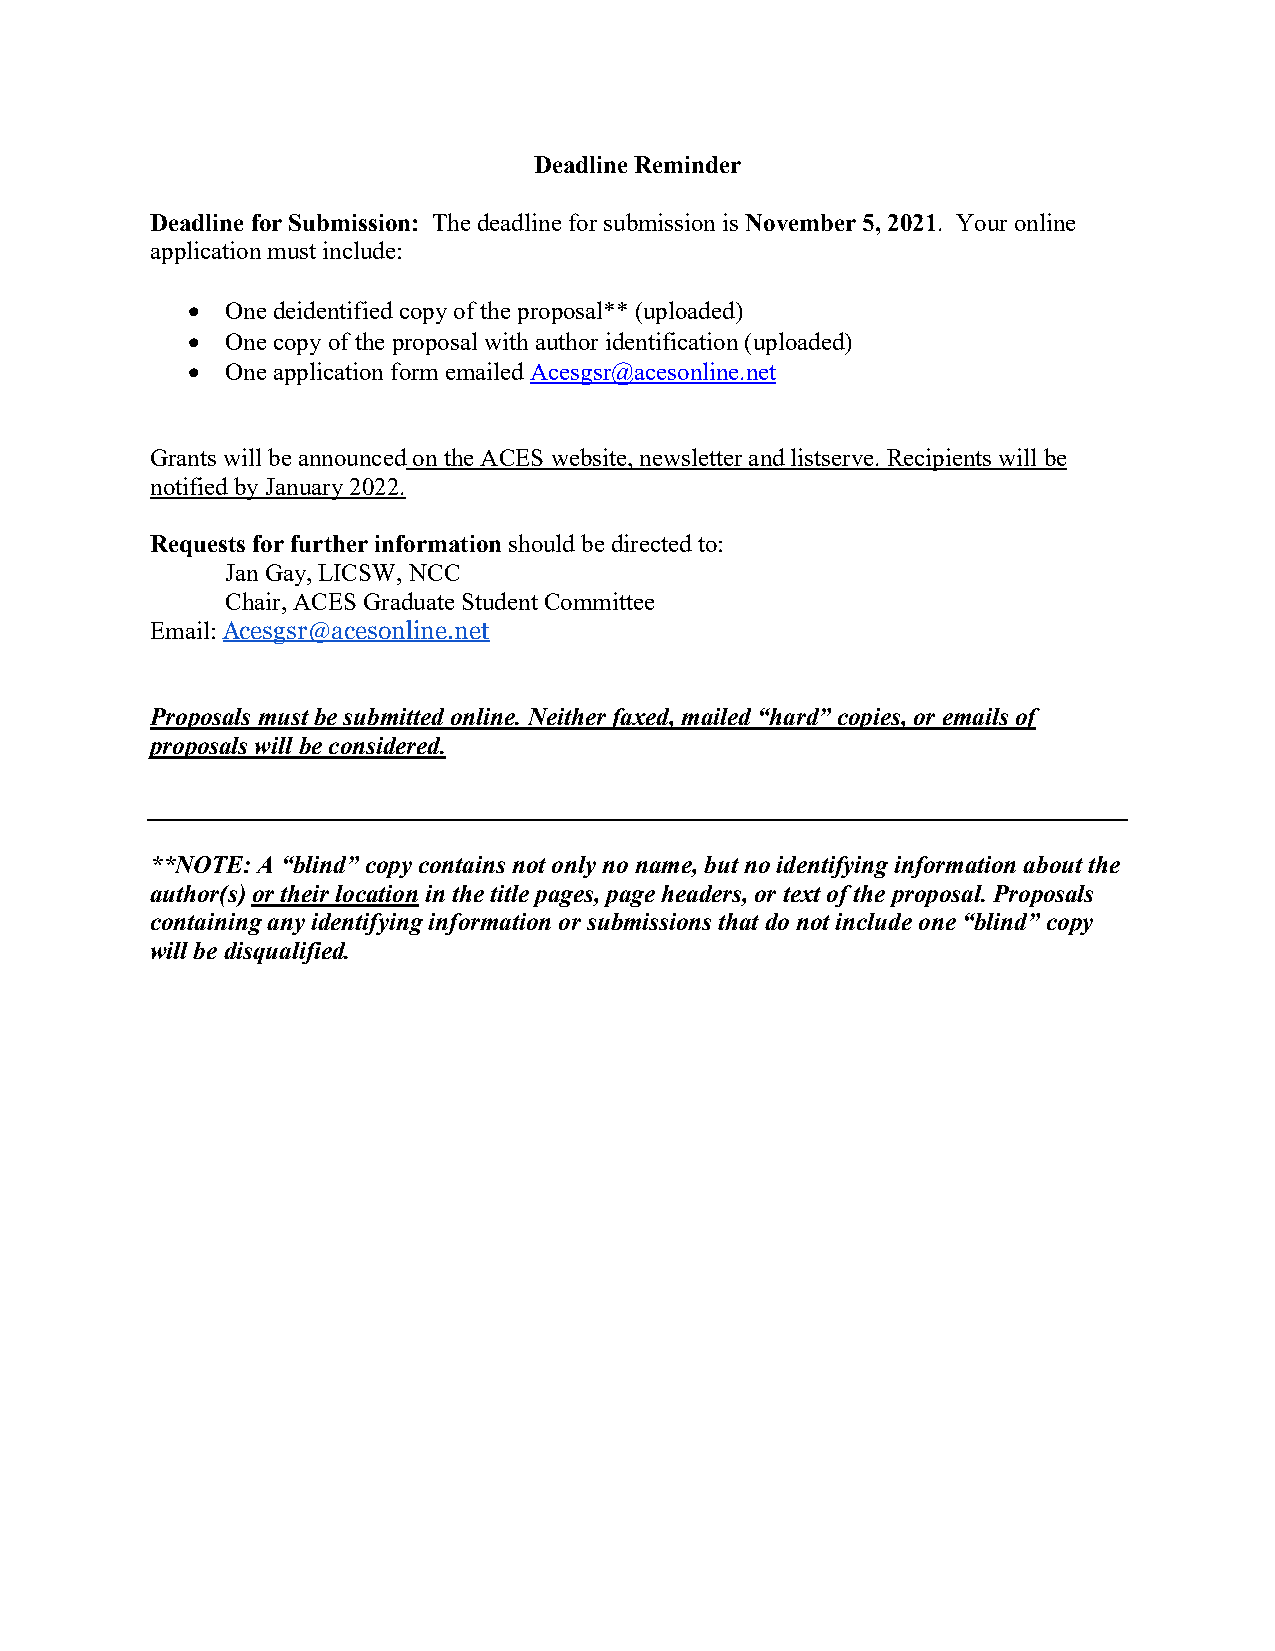
Deadline Reminder
 Deadline for Submission: The deadline for submission is November 5, 2021. Your online
 application must include:
 •  One deidentified copy of the proposal** (uploaded)
 •  One copy of the proposal with author identification (uploaded)
 •  One application form emailed Acesgsr@acesonline.net
 Grants will be announced on the ACES website, newsletter and listserve. Recipients will be
 notified by January 2022.
 Requests for further information should be directed to:
 Jan Gay, LICSW, NCC
 Chair, ACES Graduate Student Committee
 Email: Acesgsr@acesonline.net
 Proposals must be submitted online. Neither faxed, mailed “hard” copies, or emails of
 proposals will be considered.
 **NOTE: A “blind” copy contains not only no name, but no identifying information about the
 author(s) or their location in the title pages, page headers, or text of the proposal. Proposals
 containing any identifying information or submissions that do not include one “blind” copy
 will be disqualified.